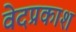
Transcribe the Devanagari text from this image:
वेदप्रकाश